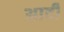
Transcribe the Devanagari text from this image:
अादी